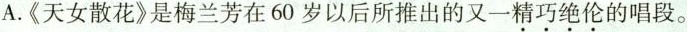
A.《天女散花》是梅兰芳在60岁以后所推出的又一精巧绝伦的唱段。